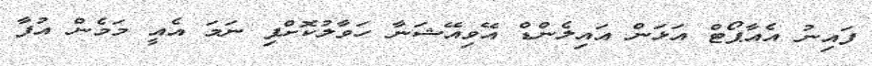
ފައިނު އެއާޕޯޓް އަޅަން އައިލެންޑް އޭވިއޭޝަނާ ހަވާލުކޮށްފި ނަމަ އެއީ މަމެން އުފާ